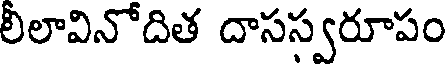
లీలావినోదిత దాసస్వరూపం